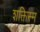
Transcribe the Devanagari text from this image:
शक्तिस्म